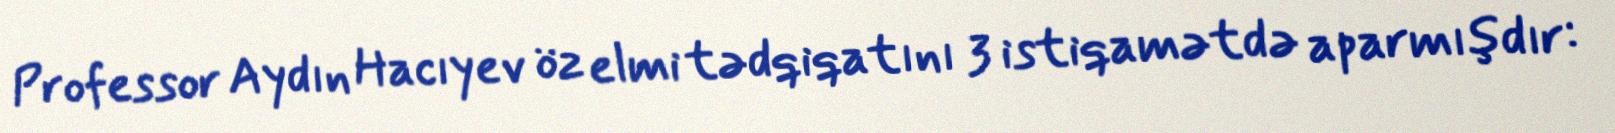
Professor Aydın Hacıyev öz elmi tədqiqatını 3 istiqamətdə aparmışdır: